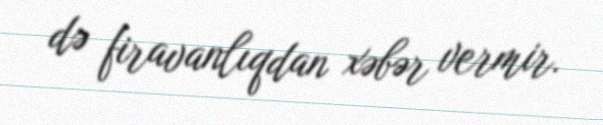
də firavanlıqdan xəbər vermir.